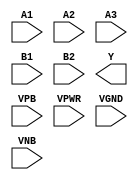
module sky130_fd_sc_hd__o32ai (
    //# {{data|Data Signals}}
    input  A1  ,
    input  A2  ,
    input  A3  ,
    input  B1  ,
    input  B2  ,
    output Y   ,

    //# {{power|Power}}
    input  VPB ,
    input  VPWR,
    input  VGND,
    input  VNB
);
endmodule